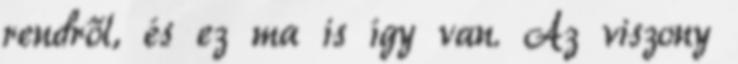
rendről, és ez ma is így van. Az viszony